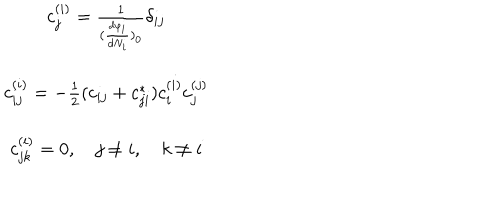
\begin{array} { c } { { c _ { j } ^ { ( i ) } = \frac { 1 } { ( \frac { d \varphi _ { i } } { d N _ { i } } ) _ { 0 } } \delta _ { i j } } } \\ { { c _ { i j } ^ { ( i ) } = - \frac { 1 } { 2 } ( c _ { i j } + c _ { j i } ^ { * } ) c _ { i } ^ { ( i ) } c _ { j } ^ { ( j ) } } } \\ { { c _ { j k } ^ { ( i ) } = 0 , \quad j \neq i , \quad k \neq i } } \\ \end{array}